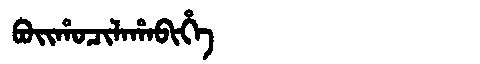
Manchu: ᠪᠣᡳᡥᠣᠴᡳᠯᠠᡥᠠᠪᡳᡥᡝ
Romanization: BOIHOCILAHABIHE